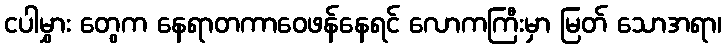
ငပါမွှား တွေက နေရာတကာဝေဖန်နေရင် လောကကြီးမှာ မြတ် သောအရာ၊